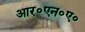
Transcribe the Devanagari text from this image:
आर॰एन॰ए॰